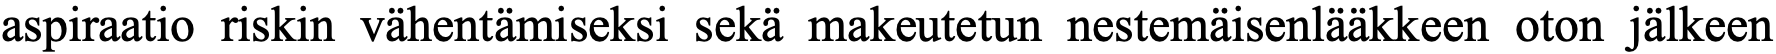
aspiraatio riskin vähentämiseksi sekä makeutetun nestemäisenlääkkeen oton jälkeen